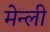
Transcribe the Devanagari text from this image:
मेन्ली